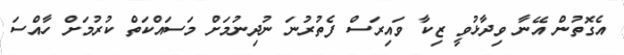
އެގޮތުން އޭނާ ވިދާޅުވީ ޒިކާ ވައިރަސް ފެތުރުނަ ނުދިނުމަށް މަސައްކަތް ކުރުމަށް ހާއްސަ